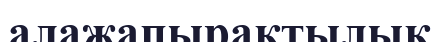
алажапырақтылық